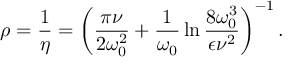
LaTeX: \rho = \frac { 1 } { \eta } = \left( \frac { \pi \nu } { 2 \omega _ { 0 } ^ { 2 } } + \frac { 1 } { \omega _ { 0 } } \ln { \frac { 8 \omega _ { 0 } ^ { 3 } } { \epsilon \nu ^ { 2 } } } \right) ^ { - 1 } .